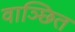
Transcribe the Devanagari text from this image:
वाञ्छित